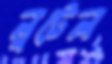
লুটেল